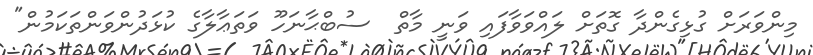
މިންވަރަށް ގުޅިގެންދާ ގޮތަށް ލައްވަވާފައި ވަނީ މާތް  ސުބްޙާނަހޫ ވަތަޢާލާގެ ކުޅަދުންވަންތަކަމުން"